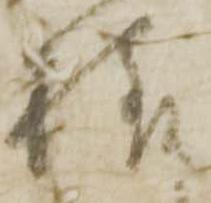
様